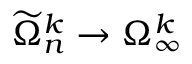
\widetilde \Omega _ { n } ^ { k } \to \Omega _ { \infty } ^ { k }